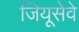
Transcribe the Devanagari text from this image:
जियूसेवे